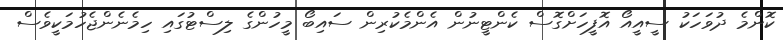
ކޮންމެ ދުވަހަކު ސީއީއޯ އޮފީހަށްގޮސް ކެންޓީނުން އެންމެކުރިން ސައިބޯ މީހުންގެ ލިސްޓުގައި ހިމެނެންޖެހުމަކީވެސް